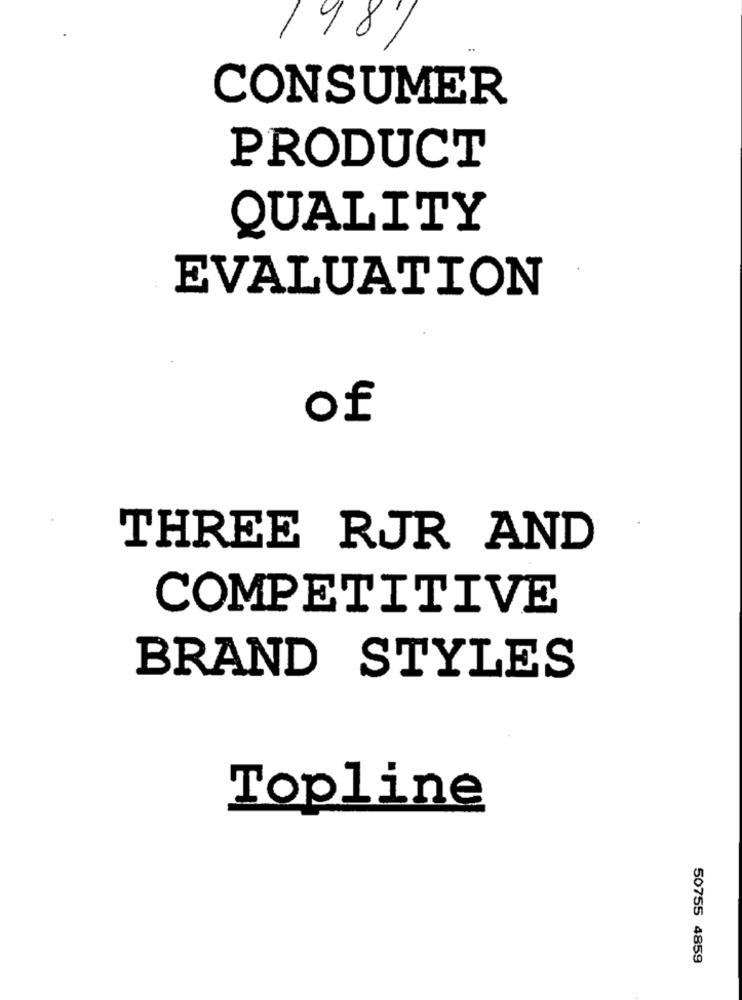
/98/
CONSUMER
PRODUCT
QUALITY
EVALUATION
of
THREE RJR AND
COMPETITIVE
BRAND STYLES
Topline
50755 4859